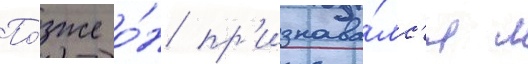
По́зже о́н пр'изнава́лс'я л